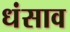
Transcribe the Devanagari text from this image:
धंसाव